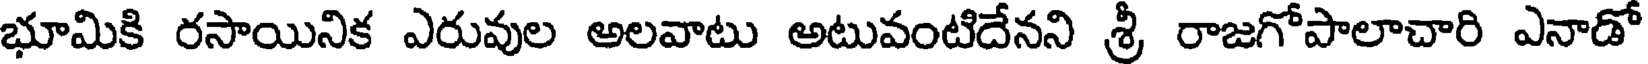
భూమికి రసాయినిక ఎరువుల అలవాటు అటువంటిదేనని శ్రీ రాజగోపాలాచారి ఎనాడో